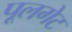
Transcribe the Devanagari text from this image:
पूलगेट